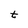
Character: t